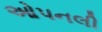
ઓપનલી